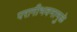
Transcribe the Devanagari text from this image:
परागीभवनामुळे